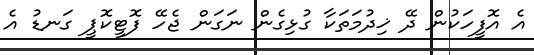
އެ އޮފީހަކުން ދޭ ޚިދުމަތަކާ ގުޅިގެން ނަގަން ޖެހޭ ފޮޓީކޮޕީ ގަނޑު އެ